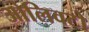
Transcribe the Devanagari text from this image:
ओलिवटो